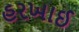
હરખાઈ